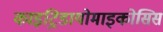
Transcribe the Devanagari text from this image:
काइट्रिडायोमाइकोसिस